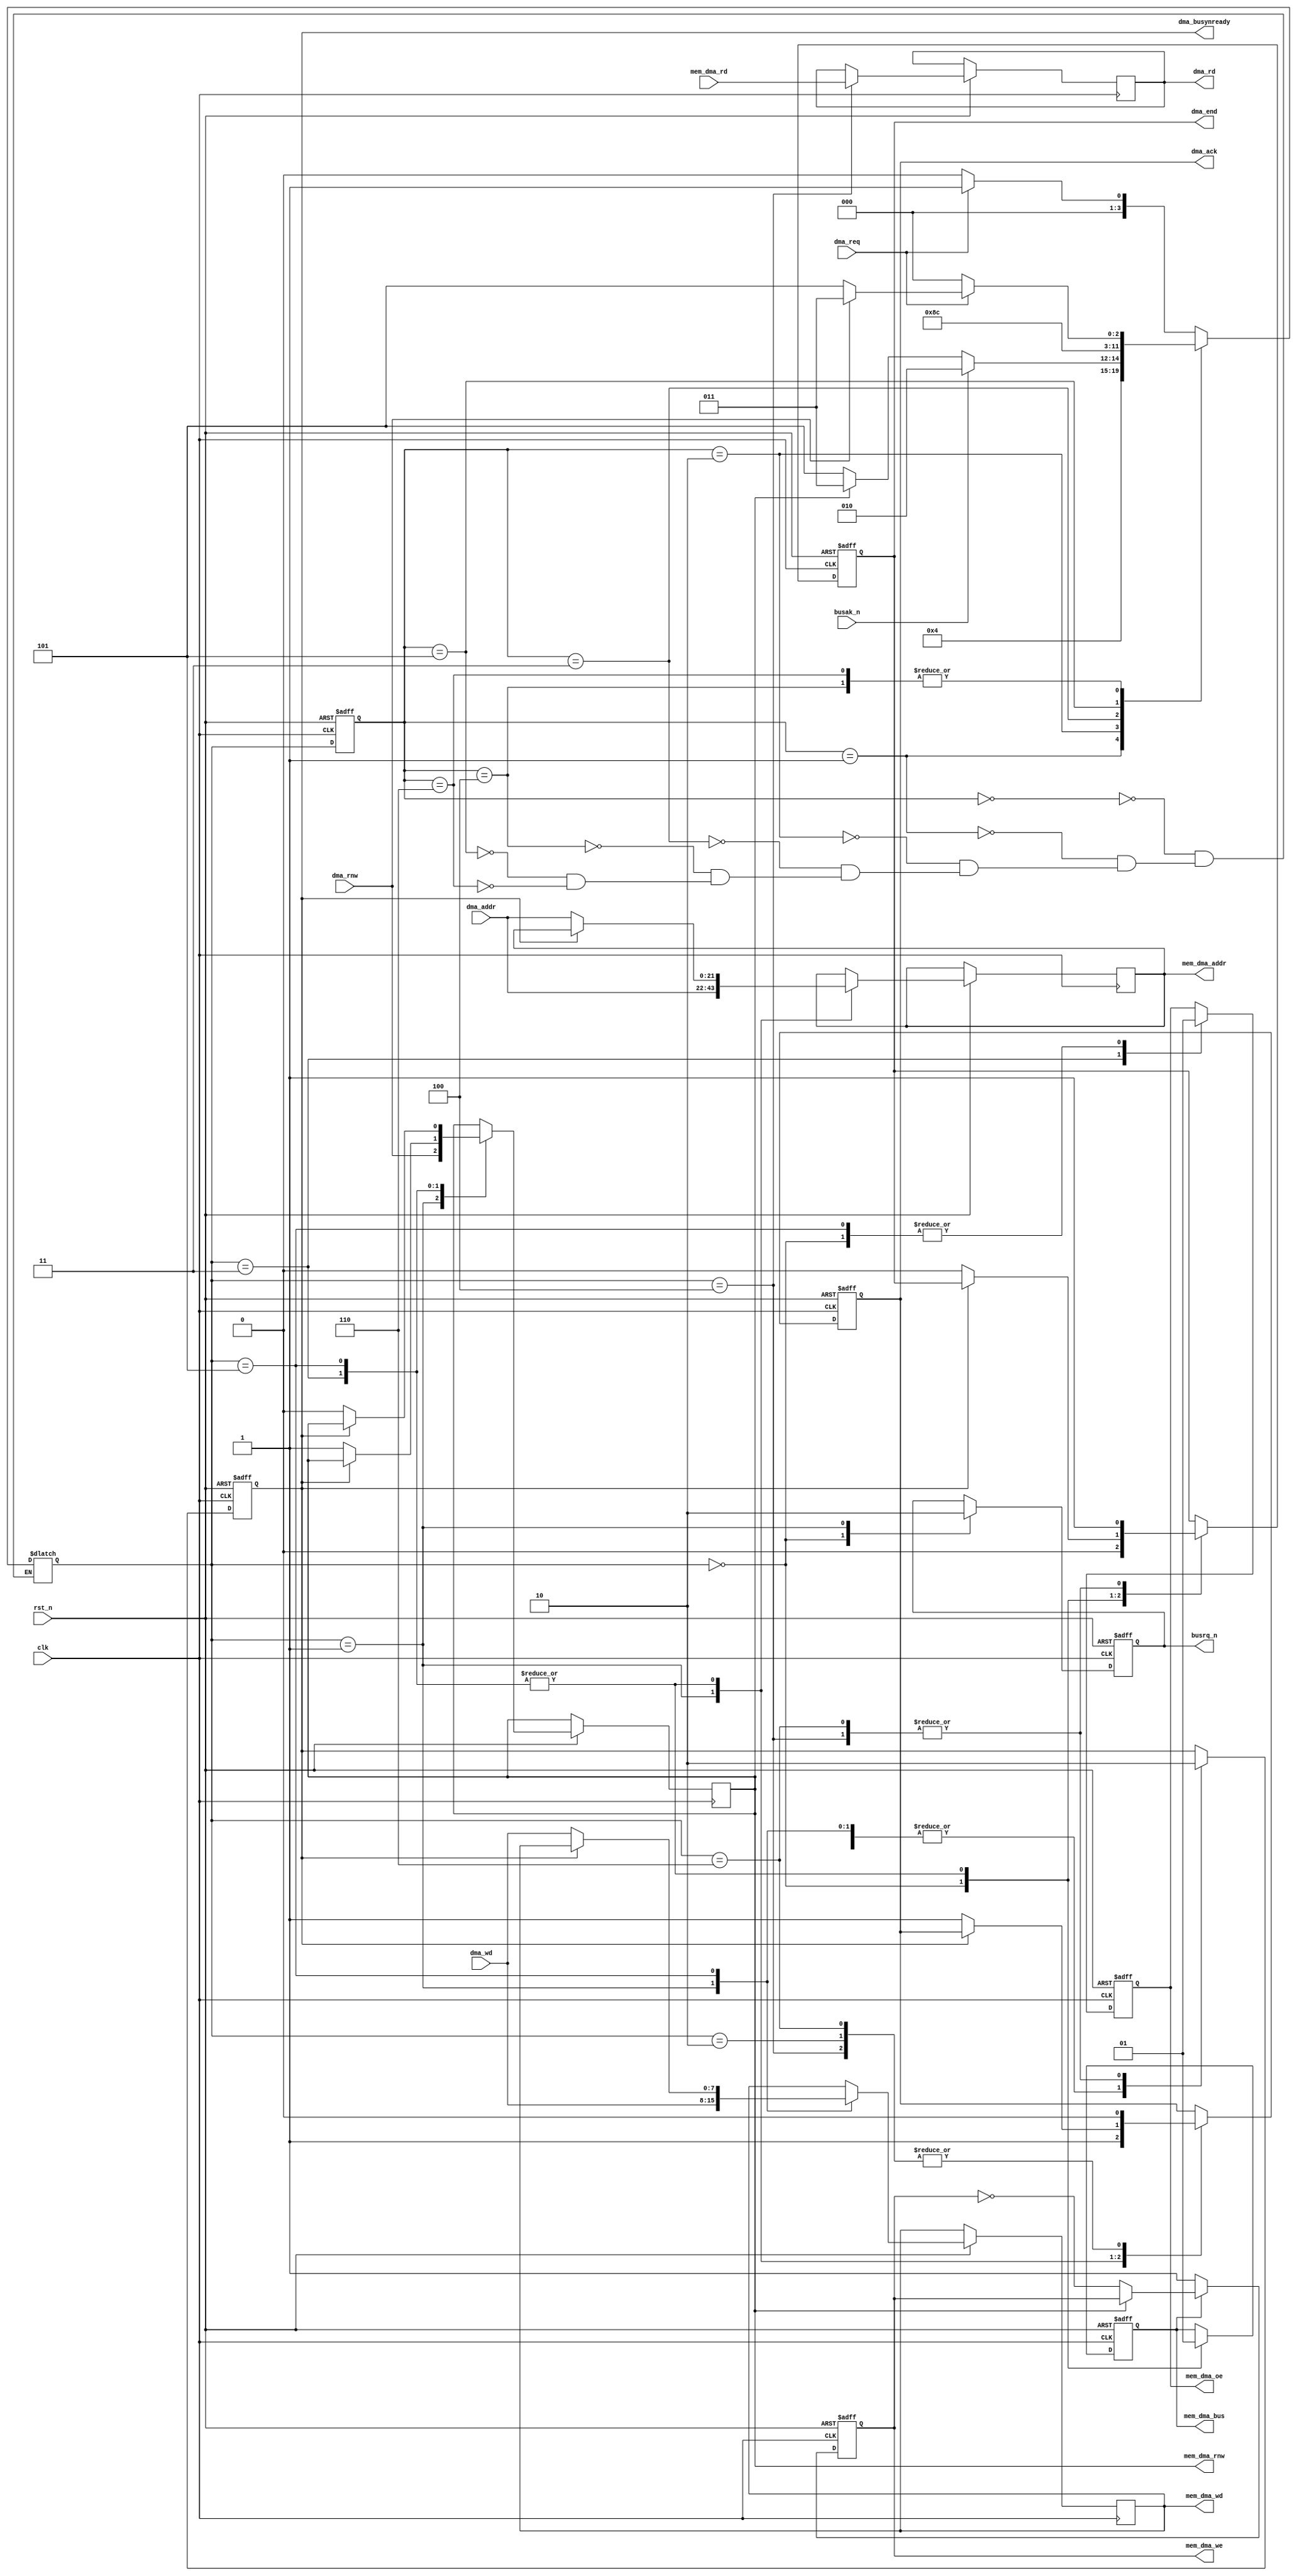
module dma_access(
	input            clk,
	input            rst_n,
	input            dma_req,  
	input     [21:0] dma_addr, 
	input            dma_rnw,  
	input      [7:0] dma_wd,   
	output reg [7:0] dma_rd,   
	output reg       dma_busynready, 
	output reg       dma_ack, 
	output reg       dma_end, 
	output wire        mem_dma_bus,  
	output wire [21:0] mem_dma_addr, 
	output wire  [7:0] mem_dma_wd,   
	input        [7:0] mem_dma_rd,   
	output wire        mem_dma_rnw,  
	output reg         mem_dma_oe,   
	output reg         mem_dma_we,   
	output reg       busrq_n, 
	input            busak_n  
);
	reg dma_bus;
	reg [21:0] int_dma_addr;
	reg        int_dma_rnw;
	reg  [7:0] int_dma_wd;
	wire [7:0] int_dma_rd;
	assign mem_dma_bus  = dma_bus;
	assign mem_dma_addr = int_dma_addr;
	assign mem_dma_wd   = int_dma_wd;
	assign mem_dma_rnw  = int_dma_rnw;
	assign int_dma_rd   = mem_dma_rd;
	localparam IDLE     = 0;
	localparam START    = 1;
	localparam WACK     = 2;
	localparam READ1    = 3;
	localparam READ2    = 4;
	localparam WRITE1   = 5;
	localparam WRITE2   = 6;
	reg [3:0] state;
	reg [3:0] next_state;
	initial
	begin
		state       <= IDLE;
		busrq_n     <= 1'b1;
		mem_dma_oe  <= 1'b1;
		mem_dma_we  <= 1'b1;
	end
	always @(posedge clk, negedge rst_n)
	begin
		if( !rst_n )
			state <= IDLE;
		else
			state <= next_state;
	end
	always @*
	begin
		case( state )
		IDLE:
		begin
			if( dma_req==1'b1 )
				next_state <= START;
			else
				next_state <= IDLE;
		end
		START:
		begin
			next_state <= WACK;
		end
		WACK:
		begin
			if( busak_n == 1'b1 ) 
				next_state <= WACK;
			else 
			begin
				if( int_dma_rnw == 1'b1 ) 
					next_state <= READ1;
				else 
					next_state <= WRITE1;
			end
		end
		READ1:
		begin
			next_state <= READ2;
		end
		READ2:
		begin
			if( dma_req == 1'b0 )
				next_state <= IDLE;
			else 
			begin
				if( dma_rnw == 1'b1 ) 
					next_state <= READ1;
				else 
					next_state <= WRITE1;
			end
		end
		WRITE1:
		begin
			next_state <= WRITE2;
		end
		WRITE2:
		begin
			if( dma_req == 1'b0 )
				next_state <= IDLE;
			else 
			begin
				if( dma_rnw == 1'b1 ) 
					next_state <= READ1;
				else 
					next_state <= WRITE1;
			end
		end
		endcase
	end
	always @(posedge clk, negedge rst_n)
	begin
		if( !rst_n )
		begin
			busrq_n        <= 1'b1;
			dma_busynready <= 1'b0;
			dma_ack        <= 1'b0;
			dma_end        <= 1'b0;
			dma_bus        <= 1'b0;
			mem_dma_oe     <= 1'b1;
		end
		else case( next_state )
		IDLE:
		begin
			dma_end        <= 1'b0;
			busrq_n        <= 1'b1;
			dma_bus        <= 1'b0;
			mem_dma_oe     <= 1'b1;
		end
		START:
		begin
			busrq_n        <= 1'b0;
			dma_busynready <= 1'b1;
			dma_ack        <= 1'b1;
			int_dma_rnw    <= dma_rnw;
			int_dma_addr   <= dma_addr;
			int_dma_wd     <= dma_wd;
		end
		WACK:
		begin
			dma_ack <= 1'b0;
		end
		READ1:
		begin
			dma_bus    <= 1'b1; 
			mem_dma_oe <= 1'b0;
			if( dma_busynready == 1'b0 ) 
			begin
				dma_busynready <= 1'b1;
				dma_ack        <= 1'b1;
				dma_end        <= 1'b0;
				int_dma_rnw    <= 1'b1;
				int_dma_addr   <= dma_addr;
			end
		end
		READ2:
		begin
			dma_busynready <= 1'b0;
			dma_ack        <= 1'b0;
			dma_end        <= 1'b1;
			dma_rd <= int_dma_rd;
		end
		WRITE1:
		begin
			dma_bus    <= 1'b1; 
			mem_dma_oe <= 1'b1;
			if( dma_busynready == 1'b0 ) 
			begin
				dma_busynready <= 1'b1;
				dma_ack        <= 1'b1;
				dma_end        <= 1'b0;
				int_dma_rnw    <= 1'b0;
				int_dma_addr   <= dma_addr;
				int_dma_wd     <= dma_wd;
			end
		end
		WRITE2:
		begin
			dma_busynready <= 1'b0;
			dma_ack        <= 1'b0;
			dma_end        <= 1'b1;
		end
		endcase
	end
	always @(negedge clk,negedge rst_n)
	begin
		if( !rst_n )
			mem_dma_we <= 1'b1;
		else
		begin
			if( dma_bus )
			begin
				if( !int_dma_rnw )
					mem_dma_we <= ~mem_dma_we;
			end
			else
				mem_dma_we <= 1'b1;
		end
	end
endmodule